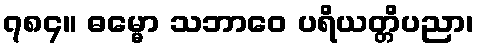
၇၈၄။ ဓမ္မော သဘာဝေ ပရိယတ္တိပညာ၊